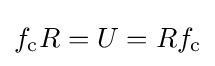
f_{\mathrm {c} }R=U=Rf_{\mathrm {c} }